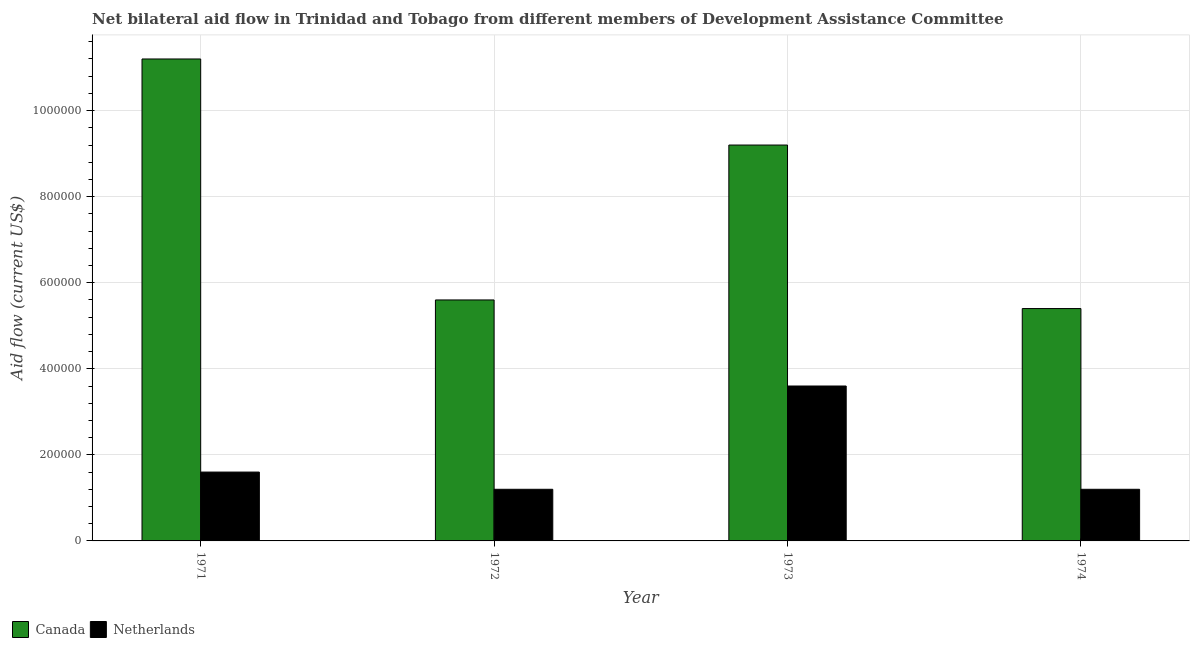
| Year | Canada | Netherlands |
 | --- | --- | --- |
 | 1971 | 1.12e+06 | 1.6e+05 |
 | 1972 | 5.6e+05 | 1.2e+05 |
 | 1973 | 9.2e+05 | 3.6e+05 |
 | 1974 | 5.4e+05 | 1.2e+05 |